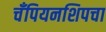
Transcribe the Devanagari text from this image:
चँपियनशिपचा